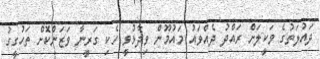
ދައުލަތުގެ ވަކީލަށް ރައްދު ދެއްވައު މައުމޫން ވިދާޅުވީ ހެކި ގަރީނާ ވަޒަންކޮށް ތަހުގީގު